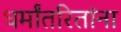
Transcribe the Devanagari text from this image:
धर्मांतरितांना